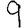
Digit: 9